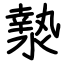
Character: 漐